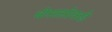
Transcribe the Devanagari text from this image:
बोसासोकडे